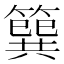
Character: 簨